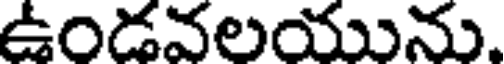
ఉండవలయును.